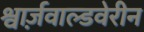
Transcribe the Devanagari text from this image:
श्वार्ज़वाल्डवेरीन